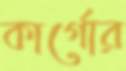
কার্গোর